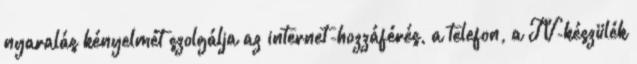
nyaralás kényelmét szolgálja az internet-hozzáférés, a telefon, a TV-készülék